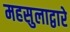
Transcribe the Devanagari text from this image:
महसुलाद्वारे